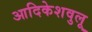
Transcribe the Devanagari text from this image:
आदिकेशवुलू